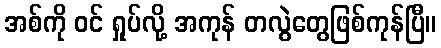
အစ်ကို ဝင် ရှုပ်လို့ အကုန် တလွဲတွေဖြစ်ကုန်ပြီ။